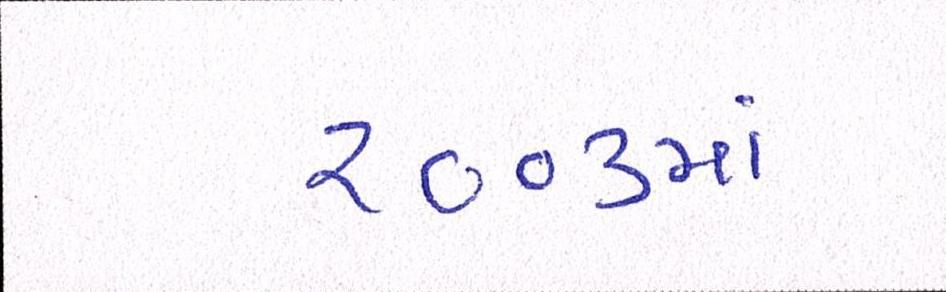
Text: ૨૦૦૩માં